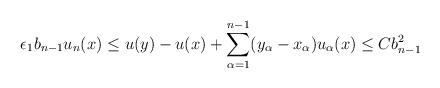
LaTeX: \begin{align*}\epsilon_1 b_{n-1} u_n (x) \leq u(y) - u(x) + \sum_{\alpha = 1}^{n-1} (y_\alpha - x_\alpha) u_\alpha (x) \leq C b_{n-1}^2\end{align*}